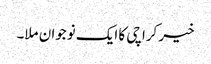
خیر کراچی کا ایک نوجوان ملا۔